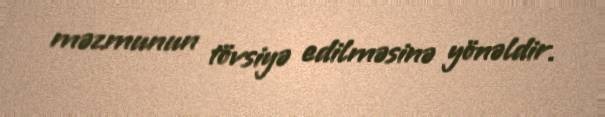
məzmunun tövsiyə edilməsinə yönəldir.